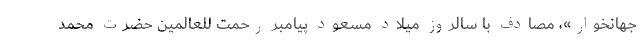
جهانخوار»، مصادف با سالروز میلاد مسعود پیامبر رحمت للعالمین حضرت محمد